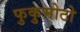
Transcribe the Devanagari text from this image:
फुकुमोटो